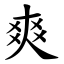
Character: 爽